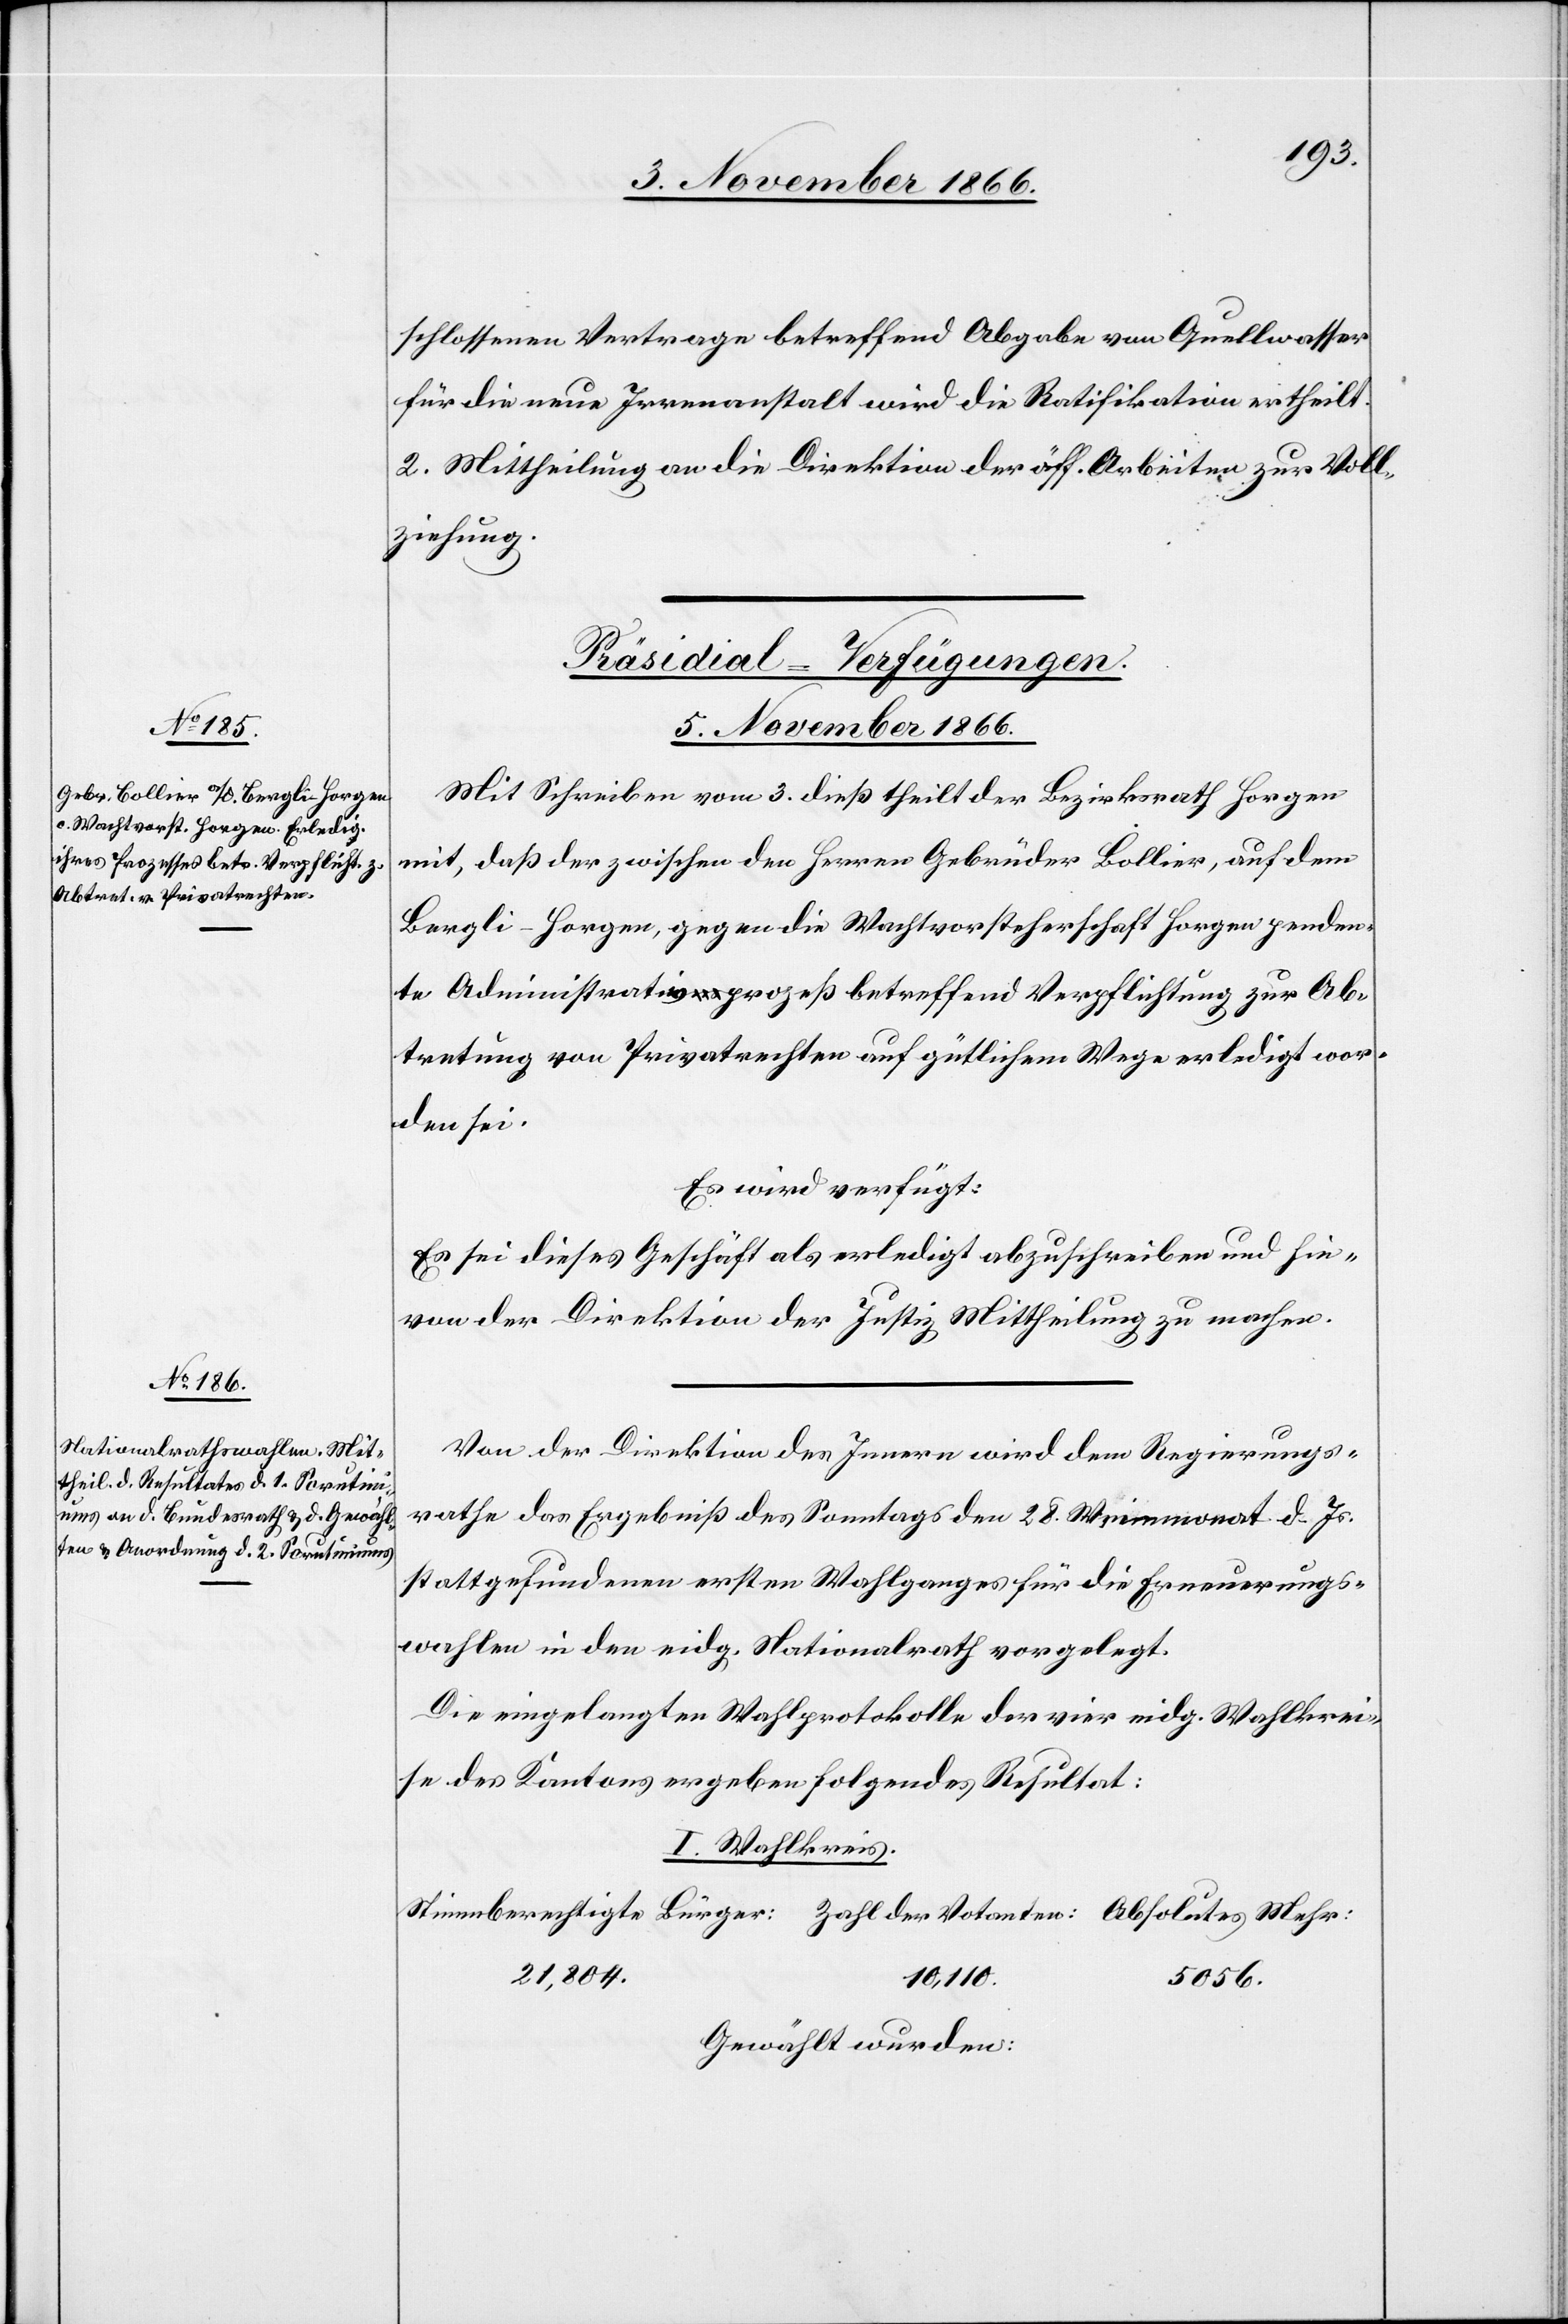
schlossenen Vertrage betreffend Abgabe von Quellwasser
für die neue Irrenanstalt wird die Ratifikation ertheilt.
2. Mittheilung an die Direktion der öff. Arbeiten zur Voll¬
ziehung.
[Präsidial-Verfügungen.
5. November 1866.]
Mit Schreiben vom 3. dieß theilt der Bezirksrath Horgen
mit, daß der zwischen den Herren Gebrüder Bollier, auf dem
Bergli-Horgen, gegen die Wachtvorsteherschaft Horgen penden¬
te Administrativprozeß betreffend Verpflichtung zur Ab¬
tretung von Privatrechten auf gütlichem Wege erledigt wor¬
den sei.
Es wird verfügt:
Es sei dieses Geschäft als erledigt abzuschreiben und hie¬
von der Direktion der Justiz Mittheilung zu machen.
Von der Direktion des Innern wird dem Regierungs¬
rathe das Ergebniß des Sonntags den 28. Weinmonat d. Js.
stattgefundenen ersten Wahlganges für die Erneuerungs¬
wahlen in den eidg. Nationalrath vorgelegt.
Die eingelangten Wahlprotokolle der vier eidg. Wahlkrei¬
se des Kantons ergeben folgendes Resultat:
I. Wahlkreis.
21 804.
10 110.
5056.
Gewählt wurden: